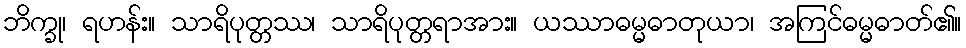
ဘိက္ခု၊ ရဟန်း။ သာရိပုတ္တဿ၊ သာရိပုတ္တရာအား။ ယဿာဓမ္မဓာတုယာ၊ အကြင်ဓမ္မဓာတ်၏။